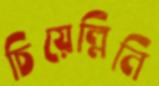
চিয়েল্লিনি